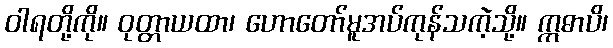
ဝါရတို့ကို။ ဝုတ္တာယထာ၊ ဟောတော်မူအပ်ကုန်သကဲ့သို့။ ဣဓာပိ၊